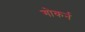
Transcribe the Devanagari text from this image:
गोकर्न